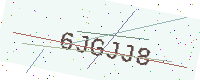
Text: 6JGJJ8